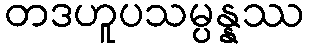
တဒဟူပသမ္ပန္နဿ